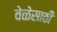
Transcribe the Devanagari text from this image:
वेळेसाठी